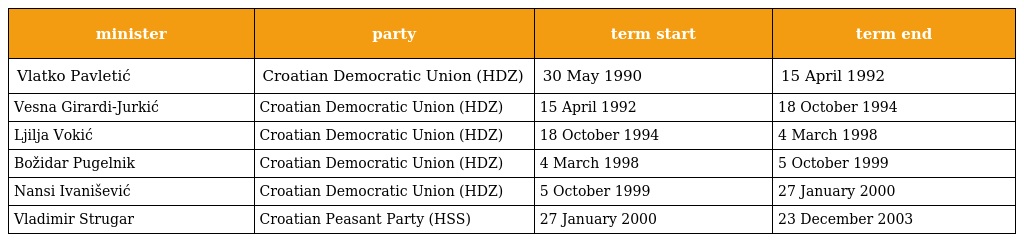
| minister | party | term start | term end |
 | --- | --- | --- | --- |
 | Vlatko Pavletić | Croatian Democratic Union (HDZ) | 30 May 1990 | 15 April 1992 |
 | Vesna Girardi-Jurkić | Croatian Democratic Union (HDZ) | 15 April 1992 | 18 October 1994 |
 | Ljilja Vokić | Croatian Democratic Union (HDZ) | 18 October 1994 | 4 March 1998 |
 | Božidar Pugelnik | Croatian Democratic Union (HDZ) | 4 March 1998 | 5 October 1999 |
 | Nansi Ivanišević | Croatian Democratic Union (HDZ) | 5 October 1999 | 27 January 2000 |
 | Vladimir Strugar | Croatian Peasant Party (HSS) | 27 January 2000 | 23 December 2003 |